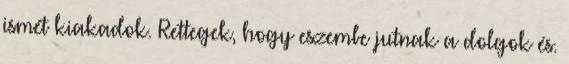
ismét kiakadok. Rettegek, hogy eszembe jutnak a dolgok és.